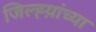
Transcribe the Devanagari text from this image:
जिल्ह्य़ांच्या